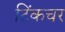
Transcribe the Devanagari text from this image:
टिंकचर